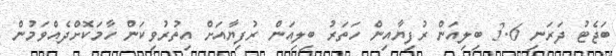
ބަޖެޓު ދަރަނި 3.6 ބިލިއަން ރުފިޔާއިން ހަތަރު ބިލިއަން ރުފިޔާއަށް އިތުރުވިކަން ހާމަކޮށްދެއްވަމުން